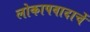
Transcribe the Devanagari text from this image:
लोकापवादाचें